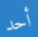
أحد